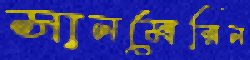
সানমেরিন